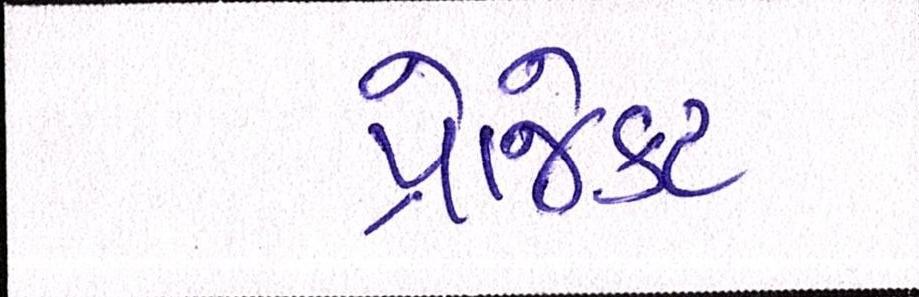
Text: પ્રોજેક્ટ